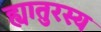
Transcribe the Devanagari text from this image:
ह्यातुरस्य